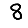
Digit: 8